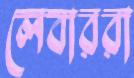
লেবাররা